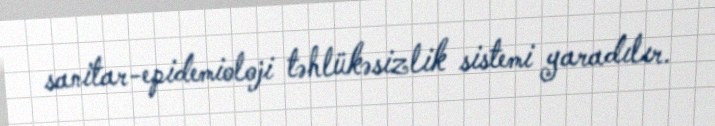
sanitar-epidemioloji təhlükəsizlik sistemi yaradılır.